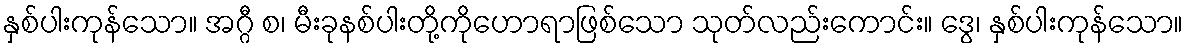
နှစ်ပါးကုန်သော။ အဂ္ဂီ စ၊ မီးခုနစ်ပါးတို့ကိုဟောရာဖြစ်သော သုတ်လည်းကောင်း။ ဒွေ၊ နှစ်ပါးကုန်သော။